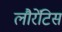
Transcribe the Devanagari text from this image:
लौरेंटिस